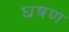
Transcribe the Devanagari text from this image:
घषण